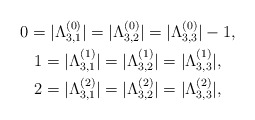
\begin{gather*}0=|\Lambda_{3,1}^{(0)}|=|\Lambda_{3,2}^{(0)}|=|\Lambda_{3,3}^{(0)}|-1,\\ 1=|\Lambda_{3,1}^{(1)}|=|\Lambda_{3,2}^{(1)}|=|\Lambda_{3,3}^{(1)}|,\\ 2=|\Lambda_{3,1}^{(2)}|=|\Lambda_{3,2}^{(2)}|=|\Lambda_{3,3}^{(2)}|,\end{gather*}